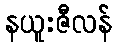
နယူးဇီလန်